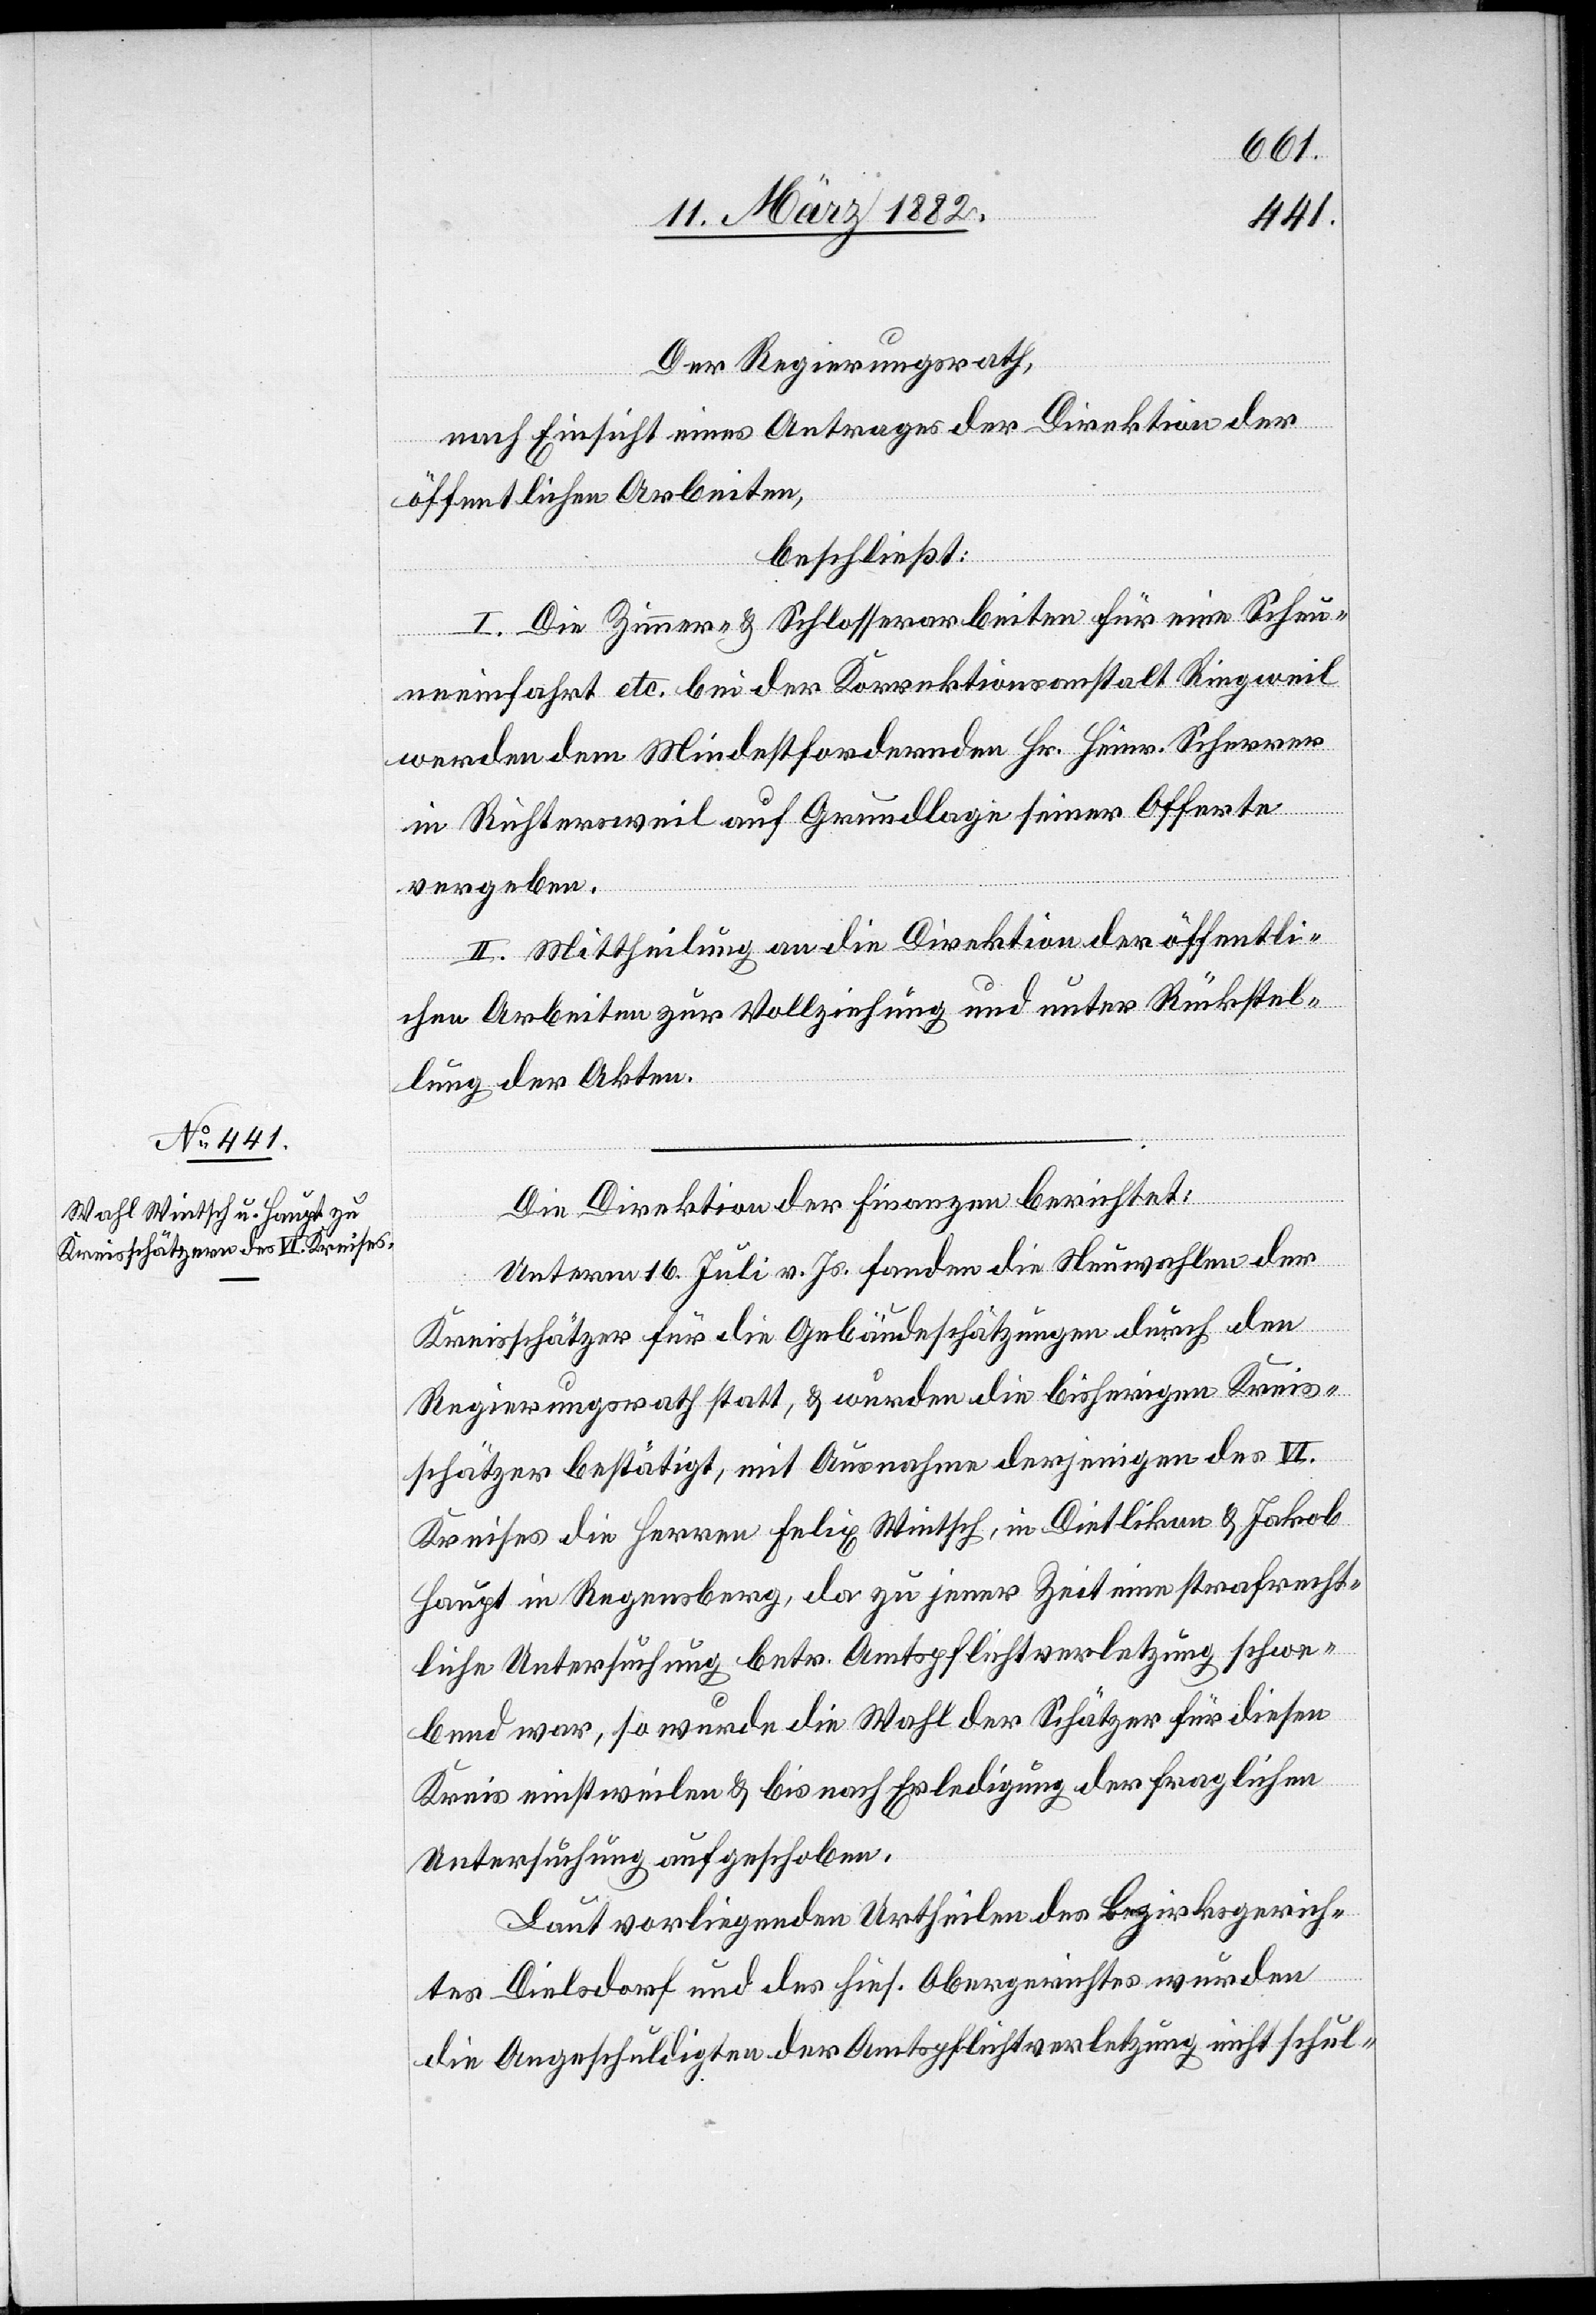
Der Regierungsrath,
nach Einsicht eines Antrages der Direktion der
öffentlichen Arbeiten,
beschließt:
I. Die Zimmer- & Schlosserarbeiten für eine Scheu¬
neneinfahrt etc. bei der Korrektionsanstalt Ringweil
werden dem Mindestfordernden Hr. Heinr. Scherrer
in Richtersweil auf Grundlage seiner Offerte
vergeben
II. Mittheilung an die Direktion der öffentli¬
chen Arbeiten zur Vollziehung und unter Rückstel¬
lung der Alten.
Die Direktion der Finanzen berichtet:
Unterm 16. Juli v. Js. fanden die Neuwahlen der
Kreisschätzer für die Gebäudeschätzungen durch den
Regierungsrath statt, & wurden die bisherigen Kreis¬
schätzer bestätigt, mit Ausnahme derjenigen des VI.
Kreises die Herren Felix Wintsch, in Dietlikon & Jakob
Haupt in Regensberg, da zu jener Zeit eine strafrecht¬
liche Untersuchung betr. Amtspflichtverletzung schwe¬
bend war, so wurde die Wahl der Schätzer für diesen
Kreis einstweilen & bis nach Erledigung der fraglichen
Untersuchung aufgeschoben.
Laut vorliegenden Urtheilen des Bezirksgerich¬
tes Dielsdorf und des hies. Obergerichtes wurden
die Angeschuldigten der Amtspflichtverletzung nicht schul-